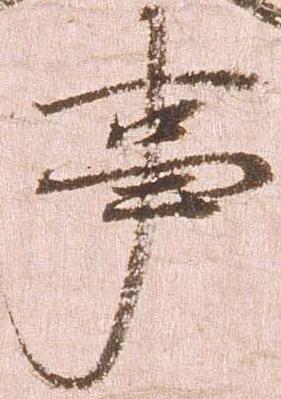
事